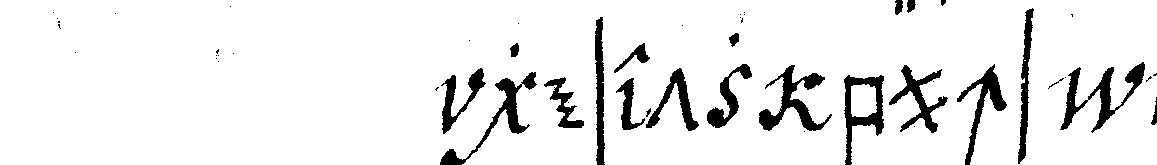
gesetz buchs